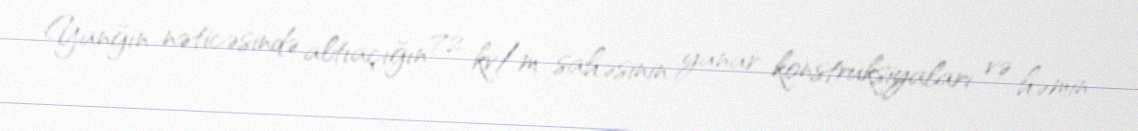
Yanğın nəticəsində altıaçığın 72 kv/m sahəsinin yanar konstruksiyaları və həmin